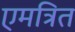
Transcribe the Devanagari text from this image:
एमत्रित